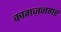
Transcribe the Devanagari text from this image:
कागज़नगर